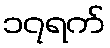
၁၇ရက်